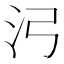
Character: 𬇗